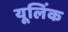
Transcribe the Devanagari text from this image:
यूलिंक